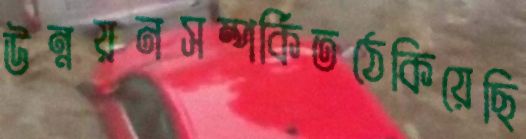
উন্নয়নসম্পর্কিতঠেকিয়েছি